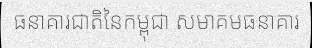
ធនាគារជាតិនៃកម្ពុជា សមាគមធនាគារ